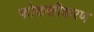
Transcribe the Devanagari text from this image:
फोकसीकरण